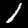
Digit: 1